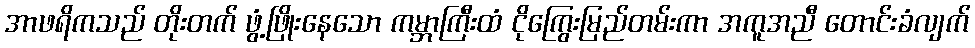
အာဖရိကသည် တိုးတက် ဖွံ့ဖြိုးနေသော ကမ္ဘာကြီးထံ ငိုကြွေးမြည်တမ်းကာ အကူအညီ တောင်းခံလျက်